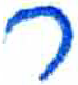
אות: ר